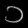
Digit: ၁